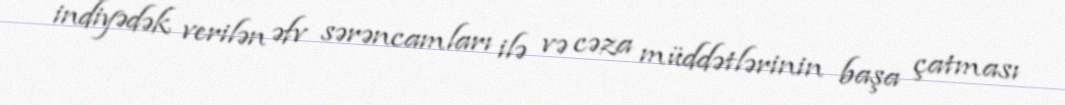
indiyədək verilən əfv sərəncamları ilə və cəza müddətlərinin başa çatması